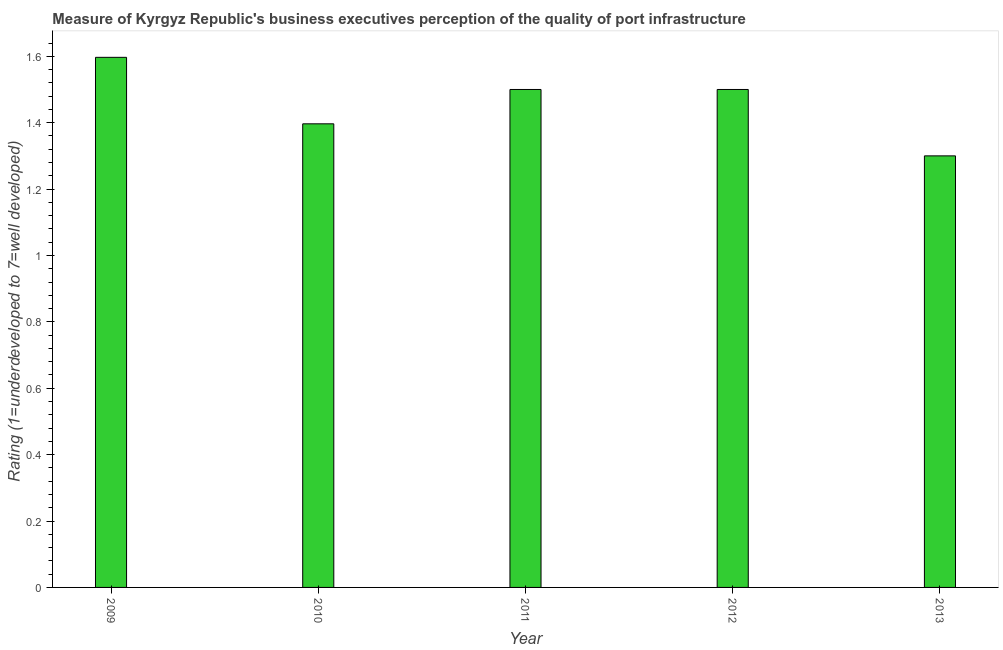
| Year | Quality of port infrastructure |
 | --- | --- |
 | 2009 | 1.6 |
 | 2010 | 1.4 |
 | 2011 | 1.5 |
 | 2012 | 1.5 |
 | 2013 | 1.3 |